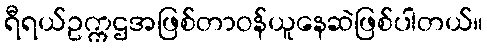
ရီရယ်ဥက္ကဌအဖြစ်တာဝန်ယူနေဆဲဖြစ်ပါတယ်။